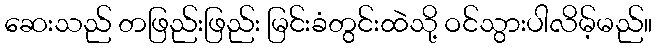
ဆေးသည် တဖြည်းဖြည်း မြင်းခံတွင်းထဲသို့ ဝင်သွားပါလိမ့်မည်။